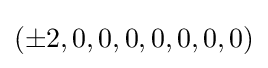
(\pm 2,0,0,0,0,0,0,0)